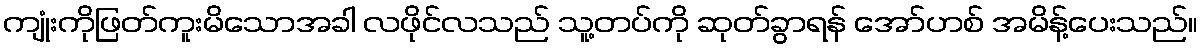
ကျုံးကိုဖြတ်ကူးမိသောအခါ လဖိုင်လသည် သူ့တပ်ကို ဆုတ်ခွာရန် အော်ဟစ် အမိန့်ပေးသည်။